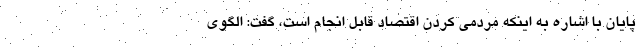
پایان با اشاره به اینکه مردمی کردن اقتصاد قابل انجام است، گفت: الگوی